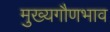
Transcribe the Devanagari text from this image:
मुख्यगौणभाव